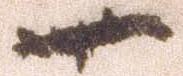
一